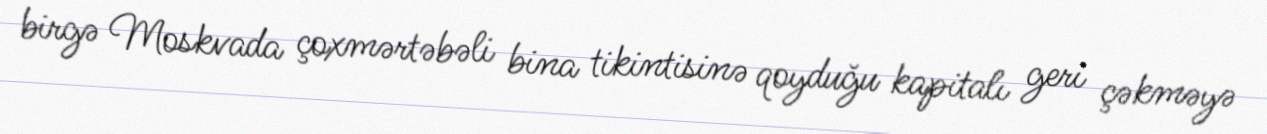
birgə Moskvada çoxmərtəbəli bina tikintisinə qoyduğu kapitalı geri çəkməyə